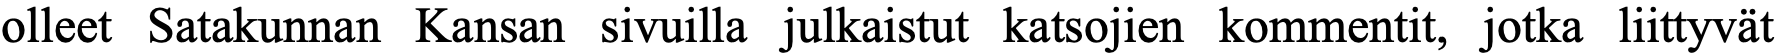
olleet Satakunnan Kansan sivuilla julkaistut katsojien kommentit, jotka liittyvät